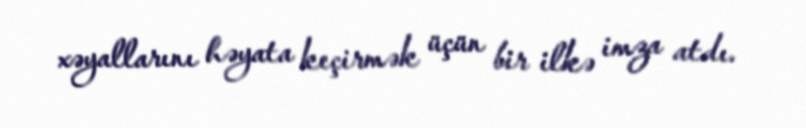
xəyallarını həyata keçirmək üçün bir ilkə imza atdı.